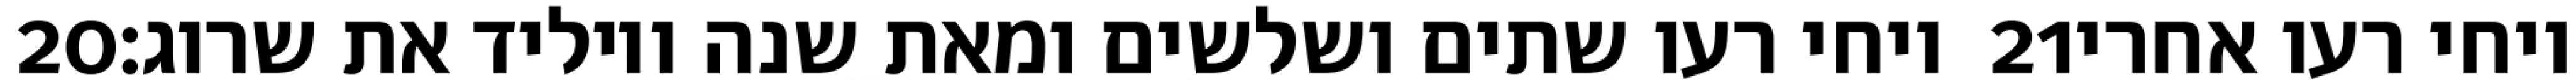
‎20‏ ויחי רעו שתים ושלשים ומאת שנה ויוליד את שרוג׃ ‎21‏ ויחי רעו אחרי